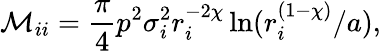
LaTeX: \mathcal M_{ii}=\frac{\pi}{4}p^{2}\sigma_{i}^{2}r_{i}^{-2\chi}\ln(r_{i}^{(1-\chi)}/a),